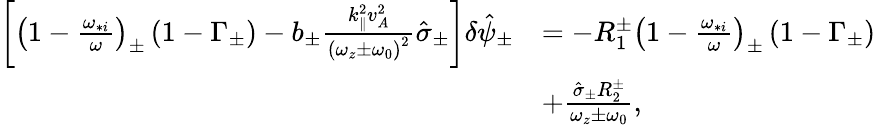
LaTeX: \begin{array}{rl}{\left[\left(1-\frac{\omega_{*i}}{\omega}\right)_{\pm}\left(1-\Gamma_{\pm}\right)-b_{\pm}\frac{k_{\parallel}^{2}v_{A}^{2}}{\left(\omega_{z}\pm\omega_{0}\right)^{2}}\hat{\sigma}_{\pm}\right]\delta\hat{\psi}_{\pm}}&{=-R_{1}^{\pm}\left(1-\frac{\omega_{*i}}{\omega}\right)_{\pm}\left(1-\Gamma_{\pm}\right)}\\ &{+\frac{\hat{\sigma}_{\pm}R_{2}^{\pm}}{\omega_{z}\pm\omega_{0}},}\end{array}